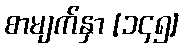
စာမျက်နှာ [၁၄၅]